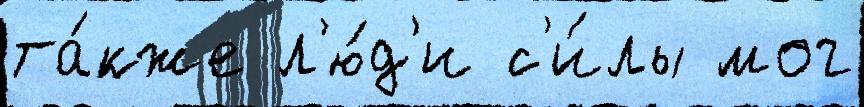
та́кже л'ю́д'и с'и́лы мог